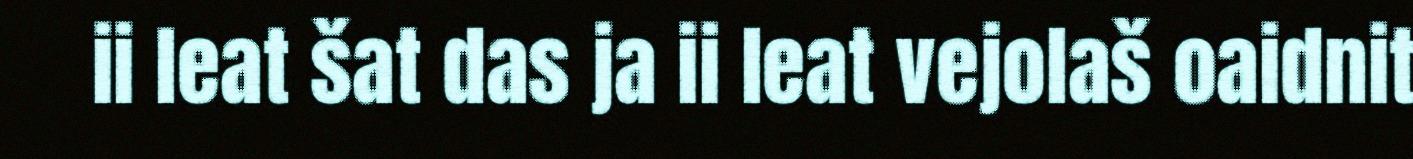
ii leat šat das ja ii leat vejolaš oaidnit